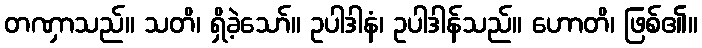
တဏှာသည်။ သတိ၊ ရှိခဲ့သော်။ ဥပါဒါနံ၊ ဥပါဒါန်သည်။ ဟောတိ၊ ဖြစ်၏။